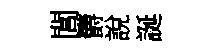
閭欝說誕